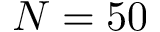
N = 5 0